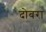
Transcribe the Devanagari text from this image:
दोबरा